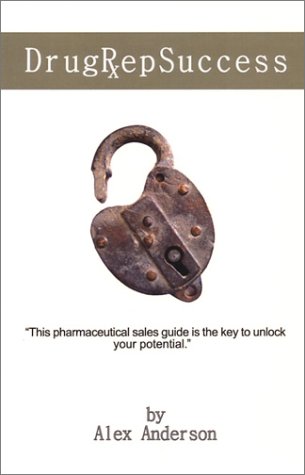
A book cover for Drug Rep Success: Top Selling Pharmaceutical Sales Guide; Alex Anderson; Reference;